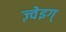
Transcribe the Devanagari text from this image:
ज़्वेइग्